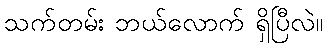
သက်တမ်း ဘယ်လောက် ရှိပြီလဲ။